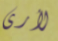
لأرى